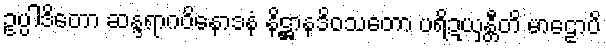
ဥပ္ပါဒိတော ဆန္ဒရာဂဝိနောဒနံ နိဋ္ဌာနဒိဝသတော ပရိဍယှန္တီတိ မာဠောပိ